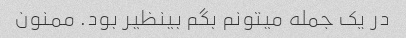
در یک جمله میتونم بگم بینظیر بود. ممنون